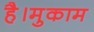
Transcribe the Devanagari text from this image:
है।मुकाम